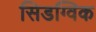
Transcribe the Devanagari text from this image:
सिडग्विक